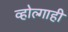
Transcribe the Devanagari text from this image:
व्होल्गाही